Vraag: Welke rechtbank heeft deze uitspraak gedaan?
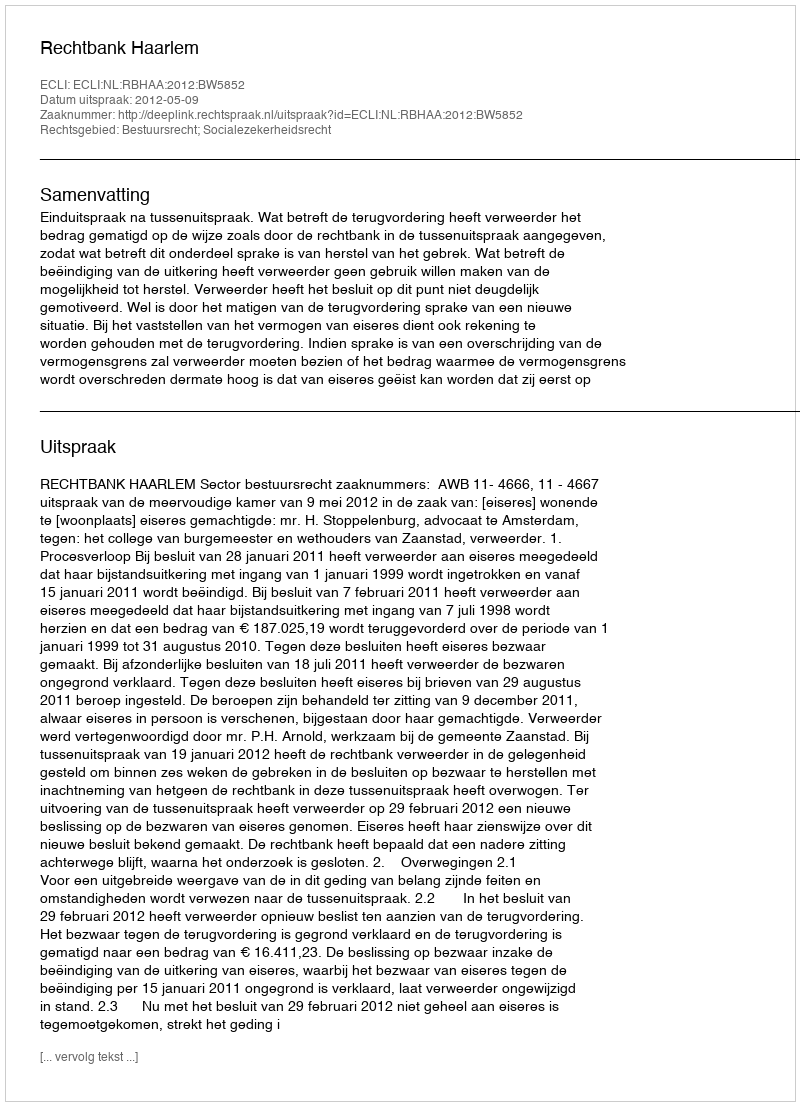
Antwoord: Rechtbank Haarlem